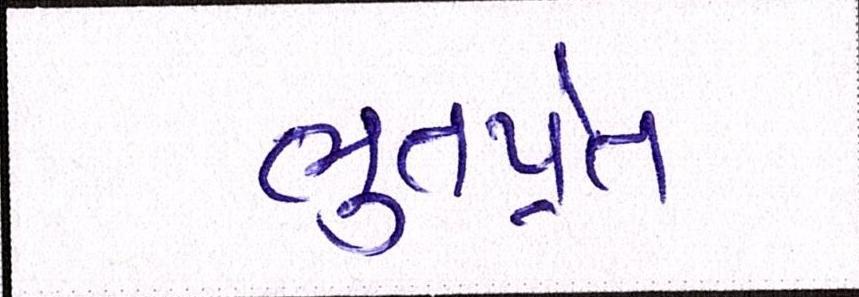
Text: ભુતપ્રેત